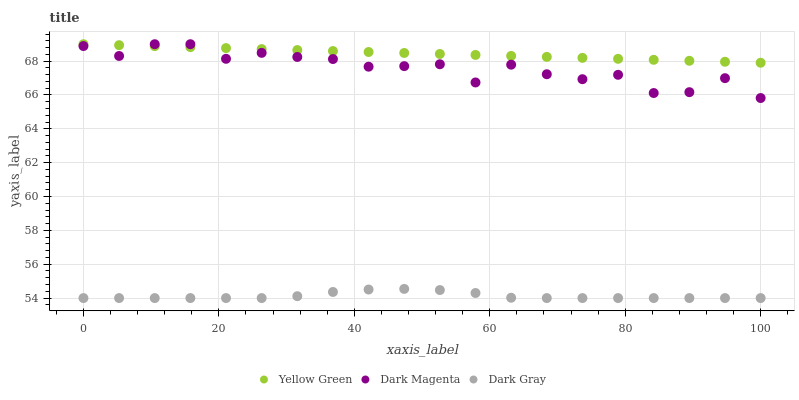
| xaxis_label | Yellow Green | Dark Magenta | Dark Gray |
 | --- | --- | --- | --- |
 | 0 | 69 | 68.9 | 54 |
 | 5.26 | 68.9 | 68.3 | 54 |
 | 10.5 | 68.9 | 69 | 54 |
 | 15.8 | 68.8 | 69 | 54 |
 | 21.1 | 68.8 | 68.1 | 54 |
 | 26.3 | 68.7 | 68.5 | 54 |
 | 31.6 | 68.7 | 68.2 | 54.1 |
 | 36.8 | 68.6 | 68.1 | 54.4 |
 | 42.1 | 68.5 | 67.7 | 54.5 |
 | 47.4 | 68.5 | 67.7 | 54.5 |
 | 52.6 | 68.4 | 67.8 | 54.5 |
 | 57.9 | 68.4 | 66.7 | 54.3 |
 | 63.2 | 68.3 | 67.8 | 54 |
 | 68.4 | 68.3 | 67.2 | 54 |
 | 73.7 | 68.2 | 66.9 | 54 |
 | 78.9 | 68.1 | 67.2 | 54 |
 | 84.2 | 68.1 | 66.1 | 54 |
 | 89.5 | 68 | 66.2 | 54 |
 | 94.7 | 68 | 67 | 54 |
 | 100 | 67.9 | 65.8 | 54 |